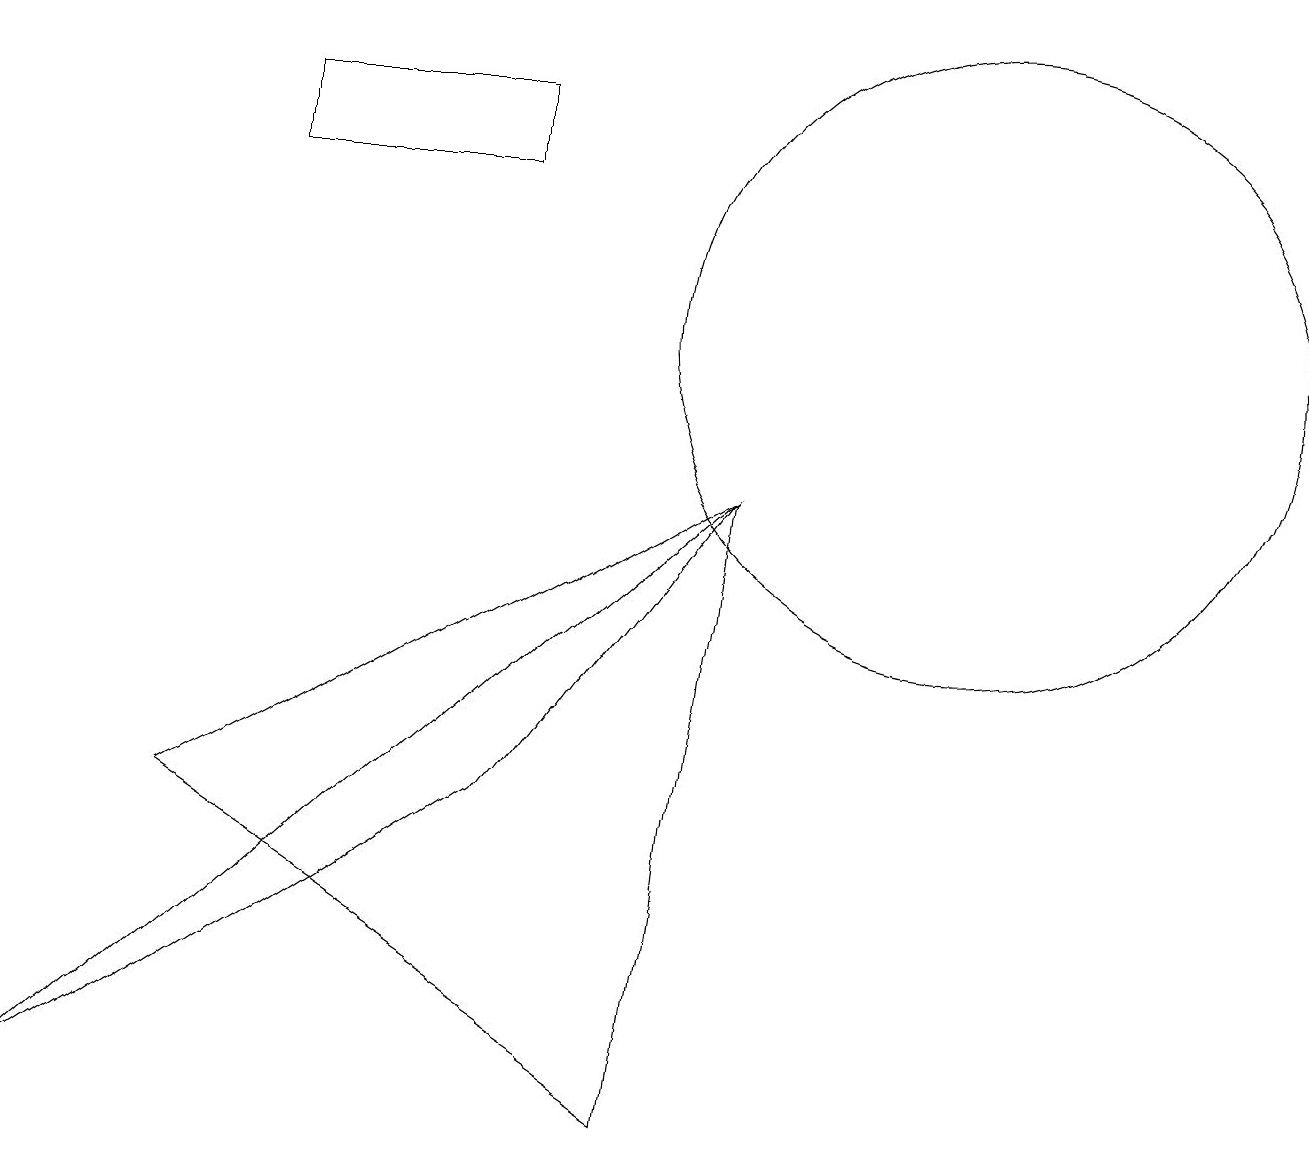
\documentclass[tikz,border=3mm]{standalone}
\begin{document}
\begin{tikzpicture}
\draw (6,4) -- (9,8) -- (0,0) -- cycle;
\draw (12,10) circle (4);
\draw (6,12) rectangle (3,13);
\draw (2,4) -- (8,0) -- (9,8) -- cycle;
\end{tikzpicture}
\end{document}